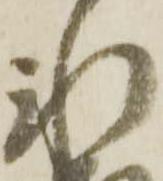
水